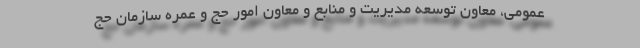
عمومی، معاون توسعه مدیریت و منابع و معاون امور حج و عمره سازمان حج